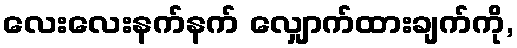
လေးလေးနက်နက် လျှောက်ထားချက်ကို,